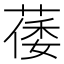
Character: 䔀